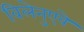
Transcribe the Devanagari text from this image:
विलेनुएवे